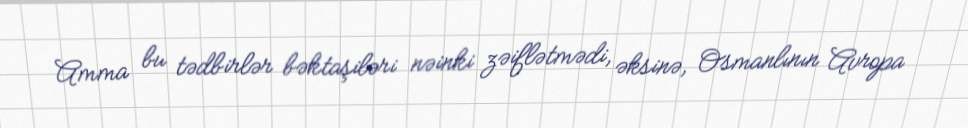
Amma bu tədbirlər bəktaşiləri nəinki zəiflətmədi, əksinə, Osmanlının Avropa